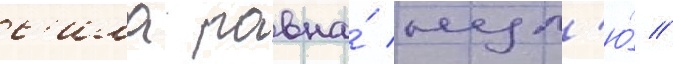
с'ила равна́ нул'ю́ //